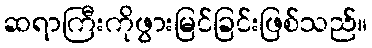
ဆရာကြီးကိုဖွားမြင်ခြင်းဖြစ်သည်။